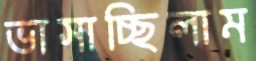
ভাসাচ্ছিলাম